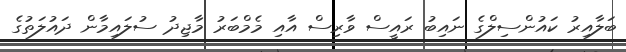
ބަލާއިރު ކައުންސިލްގެ ނައިބު ރައީސް ވާރިސް އާއި މެމްބަރު މާޖިދު ސުލައިމާން ދައުލަތުގެ